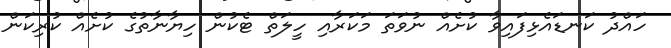
ހައްދު ކަނޑައެޅިފައިވާ ކުށެއް ނުވަތަ މަކަރާއި ހީލަތް ޓެކުން ހިޔާނާތުގެ ކުށެއް ކުރިކަން